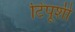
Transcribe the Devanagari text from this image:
टिपूशी